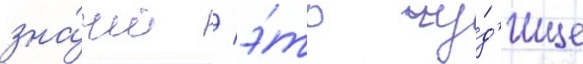
зна́чит / э́то чу́д'ище